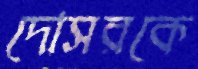
দোসরকে